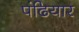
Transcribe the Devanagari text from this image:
पंढियार